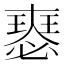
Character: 𡚉